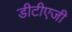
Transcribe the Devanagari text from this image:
डीटीएजी